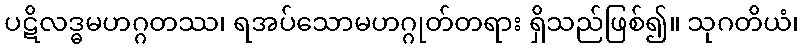
ပဋိလဒ္ဓမဟဂ္ဂတဿ၊ ရအပ်သောမဟဂ္ဂုတ်တရား ရှိသည်ဖြစ်၍။ သုဂတိယံ၊